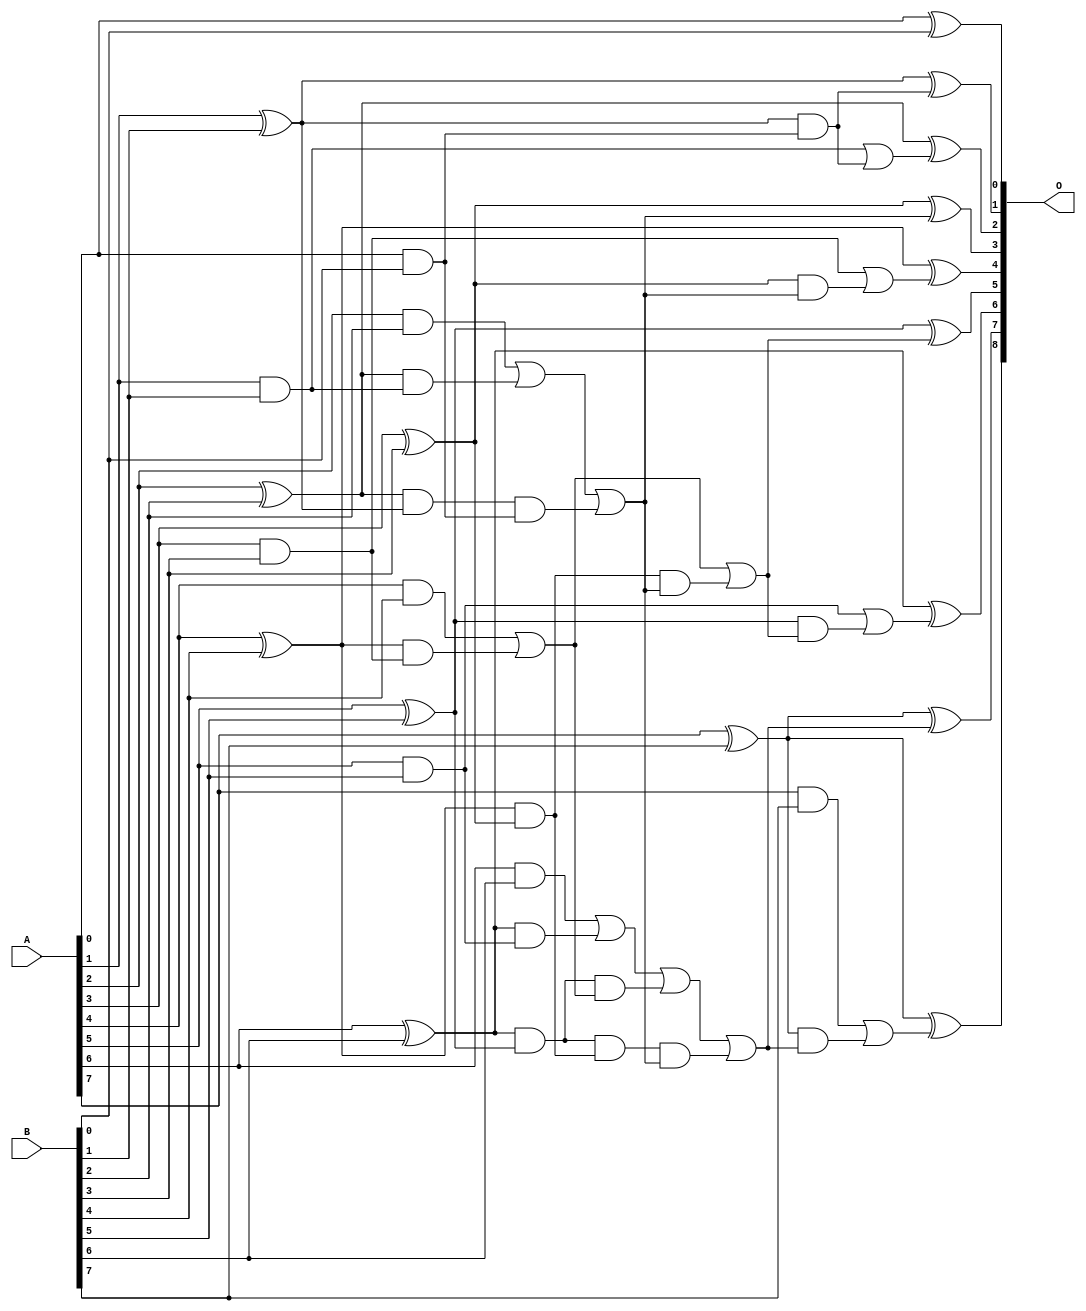
// This program was cloned from: https://github.com/ehw-fit/evoapproxlib
// License: MIT License

/***
* This code is a part of EvoApproxLib library (ehw.fit.vutbr.cz/approxlib) distributed under The MIT License.
* When used, please cite the following article(s): V. Mrazek, L. Sekanina, Z. Vasicek "Libraries of Approximate Circuits: Automated Design and Application in CNN Accelerators" IEEE Journal on Emerging and Selected Topics in Circuits and Systems, Vol 10, No 4, 2020 
* This file contains a circuit from a sub-set of pareto optimal circuits with respect to the pwr and ep parameters
***/
// MAE% = 0.078 %
// MAE = 0.2 
// WCE% = 0.78 %
// WCE = 2.0 
// WCRE% = 100.00 %
// EP% = 12.50 %
// MRE% = 1.00 %
// MSE = 0.5 
// PDK45_PWR = 0.034 mW
// PDK45_AREA = 78.4 um2
// PDK45_DELAY = 0.60 ns

module add8se_7C9 (
    A,
    B,
    O
);

input [7:0] A;
input [7:0] B;
output [8:0] O;

wire sig_16,sig_17,sig_18,sig_19,sig_20,sig_21,sig_22,sig_23,sig_24,sig_25,sig_26,sig_27,sig_28,sig_29,sig_30,sig_31,sig_32,sig_33,sig_34,sig_35;
wire sig_36,sig_37,sig_38,sig_39,sig_40,sig_41,sig_42,sig_43,sig_44,sig_45,sig_46,sig_47,sig_48,sig_49,sig_50,sig_51,sig_52,sig_53,sig_54,sig_55;
wire sig_56,sig_57,sig_58,sig_59,sig_60,sig_61,sig_62,sig_63,sig_64,sig_65,sig_66;

assign sig_16 = A[0] & B[0];
assign sig_17 = A[0] ^ B[0];
assign sig_18 = A[1] & B[1];
assign sig_19 = A[1] ^ B[1];
assign sig_20 = A[2] & B[2];
assign sig_21 = A[2] ^ B[2];
assign sig_22 = A[3] & B[3];
assign sig_23 = A[3] ^ B[3];
assign sig_24 = A[4] & B[4];
assign sig_25 = A[4] ^ B[4];
assign sig_26 = A[5] & B[5];
assign sig_27 = A[5] ^ B[5];
assign sig_28 = A[6] & B[6];
assign sig_29 = A[6] ^ B[6];
assign sig_30 = A[7] & B[7];
assign sig_31 = A[7] ^ B[7];
assign sig_32 = A[7] ^ B[7];
assign sig_33 = sig_21 & sig_18;
assign sig_34 = sig_21 & sig_19;
assign sig_35 = sig_20 | sig_33;
assign sig_36 = sig_25 & sig_22;
assign sig_37 = sig_25 & sig_23;
assign sig_38 = sig_24 | sig_36;
assign sig_39 = sig_29 & sig_26;
assign sig_40 = sig_29 & sig_27;
assign sig_41 = sig_28 | sig_39;
assign sig_42 = sig_34 & sig_16;
assign sig_43 = sig_35 | sig_42;
assign sig_44 = sig_40 & sig_38;
assign sig_45 = sig_40 & sig_37;
assign sig_46 = sig_41 | sig_44;
assign sig_47 = sig_45 & sig_43;
assign sig_48 = sig_46 | sig_47;
assign sig_49 = sig_37 & sig_43;
assign sig_50 = sig_38 | sig_49;
assign sig_51 = sig_19 & sig_16;
assign sig_52 = sig_18 | sig_51;
assign sig_53 = sig_23 & sig_43;
assign sig_54 = sig_22 | sig_53;
assign sig_55 = sig_27 & sig_50;
assign sig_56 = sig_26 | sig_55;
assign sig_57 = sig_31 & sig_48;
assign sig_58 = sig_30 | sig_57;
assign sig_59 = sig_19 ^ sig_51;
assign sig_60 = sig_21 ^ sig_52;
assign sig_61 = sig_23 ^ sig_43;
assign sig_62 = sig_25 ^ sig_54;
assign sig_63 = sig_27 ^ sig_50;
assign sig_64 = sig_29 ^ sig_56;
assign sig_65 = sig_31 ^ sig_48;
assign sig_66 = sig_32 ^ sig_58;

assign O[8] = sig_66;
assign O[7] = sig_65;
assign O[6] = sig_64;
assign O[5] = sig_63;
assign O[4] = sig_62;
assign O[3] = sig_61;
assign O[2] = sig_60;
assign O[1] = sig_59;
assign O[0] = sig_17;

endmodule